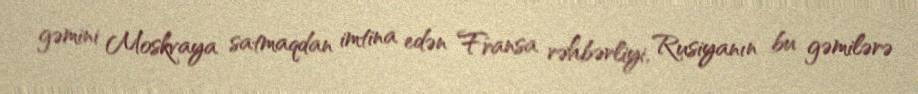
gəmini Moskvaya satmaqdan imtina edən Fransa rəhbərliyi, Rusiyanın bu gəmilərə